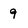
Character: 9